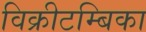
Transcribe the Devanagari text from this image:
विक्रीटम्बिका